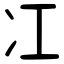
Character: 冮